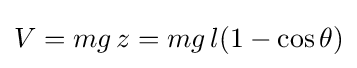
V=mg\,z=mg\,l(1-\cos \theta )